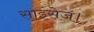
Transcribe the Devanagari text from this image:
साइंसेज।